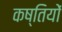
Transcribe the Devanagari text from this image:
कष्तियों